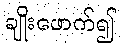
ချိုးဖောက်၍